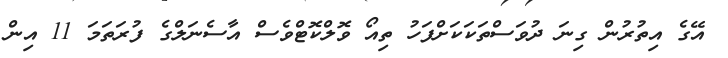
އޭގެ އިތުރުން ގިނަ ދުވަސްތަކަކަށްފަހު ތިއޯ ވޮލްކޮޓްވެސް އާސެނަލްގެ ފުރަތަމަ 11 އިން